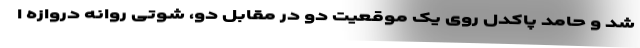
شد و حامد پاکدل روی یک موقعیت دو در مقابل دو، شوتی روانه دروازه ا